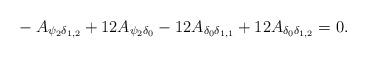
LaTeX: \begin{align*}{}-A_{\psi_2\delta_{1,2}}+12A_{\psi_2\delta_0} -12A_{\delta_0\delta_{1,1}} +12A_{\delta_0\delta_{1,2}}=0.\end{align*}